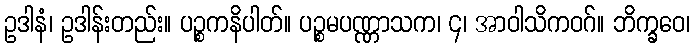
ဥဒါနံ၊ ဥဒါန်းတည်း။ ပဉ္စကနိပါတ်။ ပဉ္စမပဏ္ဏာသက၊ ၄၊ အာဝါသိကဝဂ်။ ဘိက္ခဝေ၊